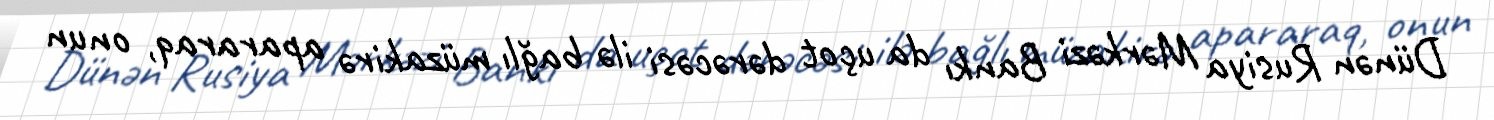
Dünən Rusiya Mərkəzi Bankı da uçot dərəcəsi ilə bağlı müzakirə apararaq, onun